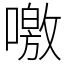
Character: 噭